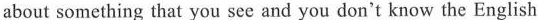
about something that you see and you don't know the English